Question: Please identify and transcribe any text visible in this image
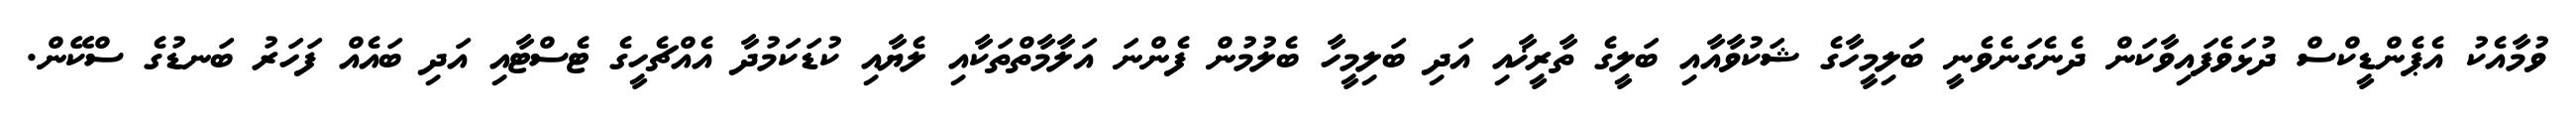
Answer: ވުމާއެކު އެޕެންޑީކްސް ދުޅަވެފައިވާކަން ދެނެގަނެވެނީ ބަލިމީހާގެ ޝަކުވާއާއި ބަލީގެ ތާރީޚާއި އަދި ބަލިމީހާ ބެލުމުން ފެންނަ އަލާމާތްތަކާއި ލެޔާއި ކުޑަކަމުދާ އެއްޗެހީގެ ޓެސްޓާއި އަދި ބައެއް ފަހަރު ބަނޑުގެ ސްކޭން.